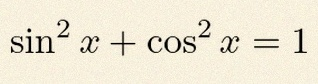
\sin^2x+\cos^2x=1